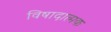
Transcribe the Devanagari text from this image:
विषादात्मक